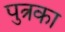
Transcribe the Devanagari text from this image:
पुत्रका